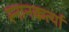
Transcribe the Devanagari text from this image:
स्नानकर्त्या